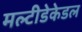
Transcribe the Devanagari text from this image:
मल्टीडेकेडल